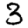
Digit: 3